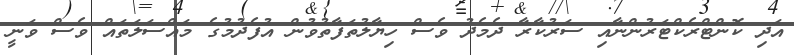
އަދި ކޮންޓްރެކްޓަރުންނާއި ސަރުކާރާ ދެމެދު ވެސް ހިޔާލުތަފާތުވުން އުފެދުމުގެ މައްސަލަތައް ވެސް ވަނީ